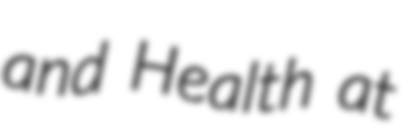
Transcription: and Health at